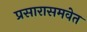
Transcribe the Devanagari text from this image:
प्रसारासमवेत